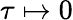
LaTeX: \tau\mapsto 0